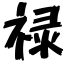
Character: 禄